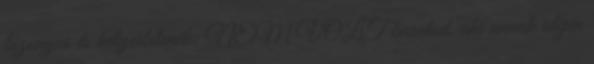
bizonyos és helyesbítenék: NEM VOLT barátod, aki annak idején